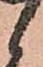
候